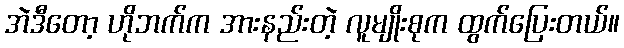
အဲဒီတော့ ဟိုဘက်က အားနည်းတဲ့ လူမျိုးစုက ထွက်ပြေးတယ်။